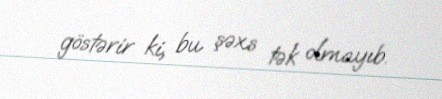
göstərir ki, bu şəxs tək olmayıb.